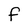
Character: F